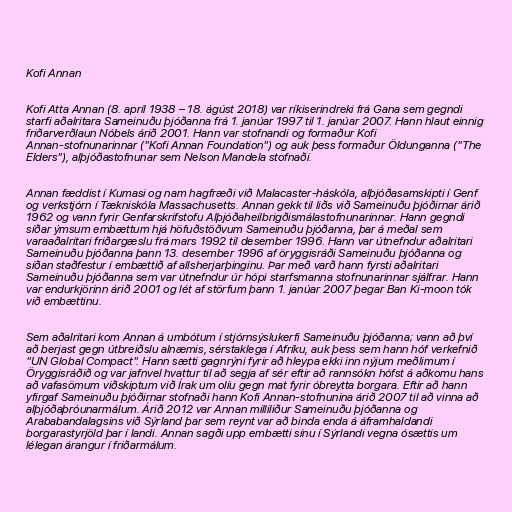
Kofi Annan

Kofi Atta Annan (8. apríl 1938 – 18. ágúst 2018) var ríkiserindreki frá Gana sem gegndi
starfi aðalritara Sameinuðu þjóðanna frá 1. janúar 1997 til 1. janúar 2007. Hann hlaut einnig
friðarverðlaun Nóbels árið 2001. Hann var stofnandi og formaður Kofi
Annan-stofnunarinnar ("Kofi Annan Foundation") og auk þess formaður Öldunganna ("The
Elders"), alþjóðastofnunar sem Nelson Mandela stofnaði.

Annan fæddist í Kumasi og nam hagfræði við Malacaster-háskóla, alþjóðasamskipti í Genf
og verkstjórn í Tækniskóla Massachusetts. Annan gekk til liðs við Sameinuðu þjóðirnar árið
1962 og vann fyrir Genfarskrifstofu Alþjóðaheilbrigðismálastofnunarinnar. Hann gegndi
síðar ýmsum embættum hjá höfuðstöðvum Sameinuðu þjóðanna, þar á meðal sem
varaaðalritari friðargæslu frá mars 1992 til desember 1996. Hann var útnefndur aðalritari
Sameinuðu þjóðanna þann 13. desember 1996 af öryggisráði Sameinuðu þjóðanna og
síðan staðfestur í embættið af allsherjarþinginu. Þar með varð hann fyrsti aðalritari
Sameinuðu þjóðanna sem var útnefndur úr hópi starfsmanna stofnunarinnar sjálfrar. Hann
var endurkjörinn árið 2001 og lét af störfum þann 1. janúar 2007 þegar Ban Ki-moon tók
við embættinu.

Sem aðalritari kom Annan á umbótum í stjórnsýslukerfi Sameinuðu þjóðanna; vann að því
að berjast gegn útbreiðslu alnæmis, sérstaklega í Afríku, auk þess sem hann hóf verkefnið
"UN Global Compact". Hann sætti gagnrýni fyrir að hleypa ekki inn nýjum meðlimum í
Öryggisráðið og var jafnvel hvattur til að segja af sér eftir að rannsókn hófst á aðkomu hans
að vafasömum viðskiptum við Írak um olíu gegn mat fyrir óbreytta borgara. Eftir að hann
yfirgaf Sameinuðu þjóðirnar stofnaði hann Kofi Annan-stofnunina árið 2007 til að vinna að
alþjóðaþróunarmálum. Árið 2012 var Annan milliliður Sameinuðu þjóðanna og
Arababandalagsins við Sýrland þar sem reynt var að binda enda á áframhaldandi
borgarastyrjöld þar í landi. Annan sagði upp embætti sínu í Sýrlandi vegna ósættis um
lélegan árangur í friðarmálum.